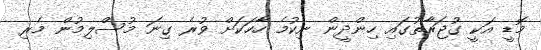
މޮޑީ އަކީ ގުޖަރާތުގައި ހިންދީން ނިކުމެ ހާހަކަށް ވުރެ ގިނަ މުސްލިމުން މެރި